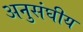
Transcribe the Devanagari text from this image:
अनुसंघीय